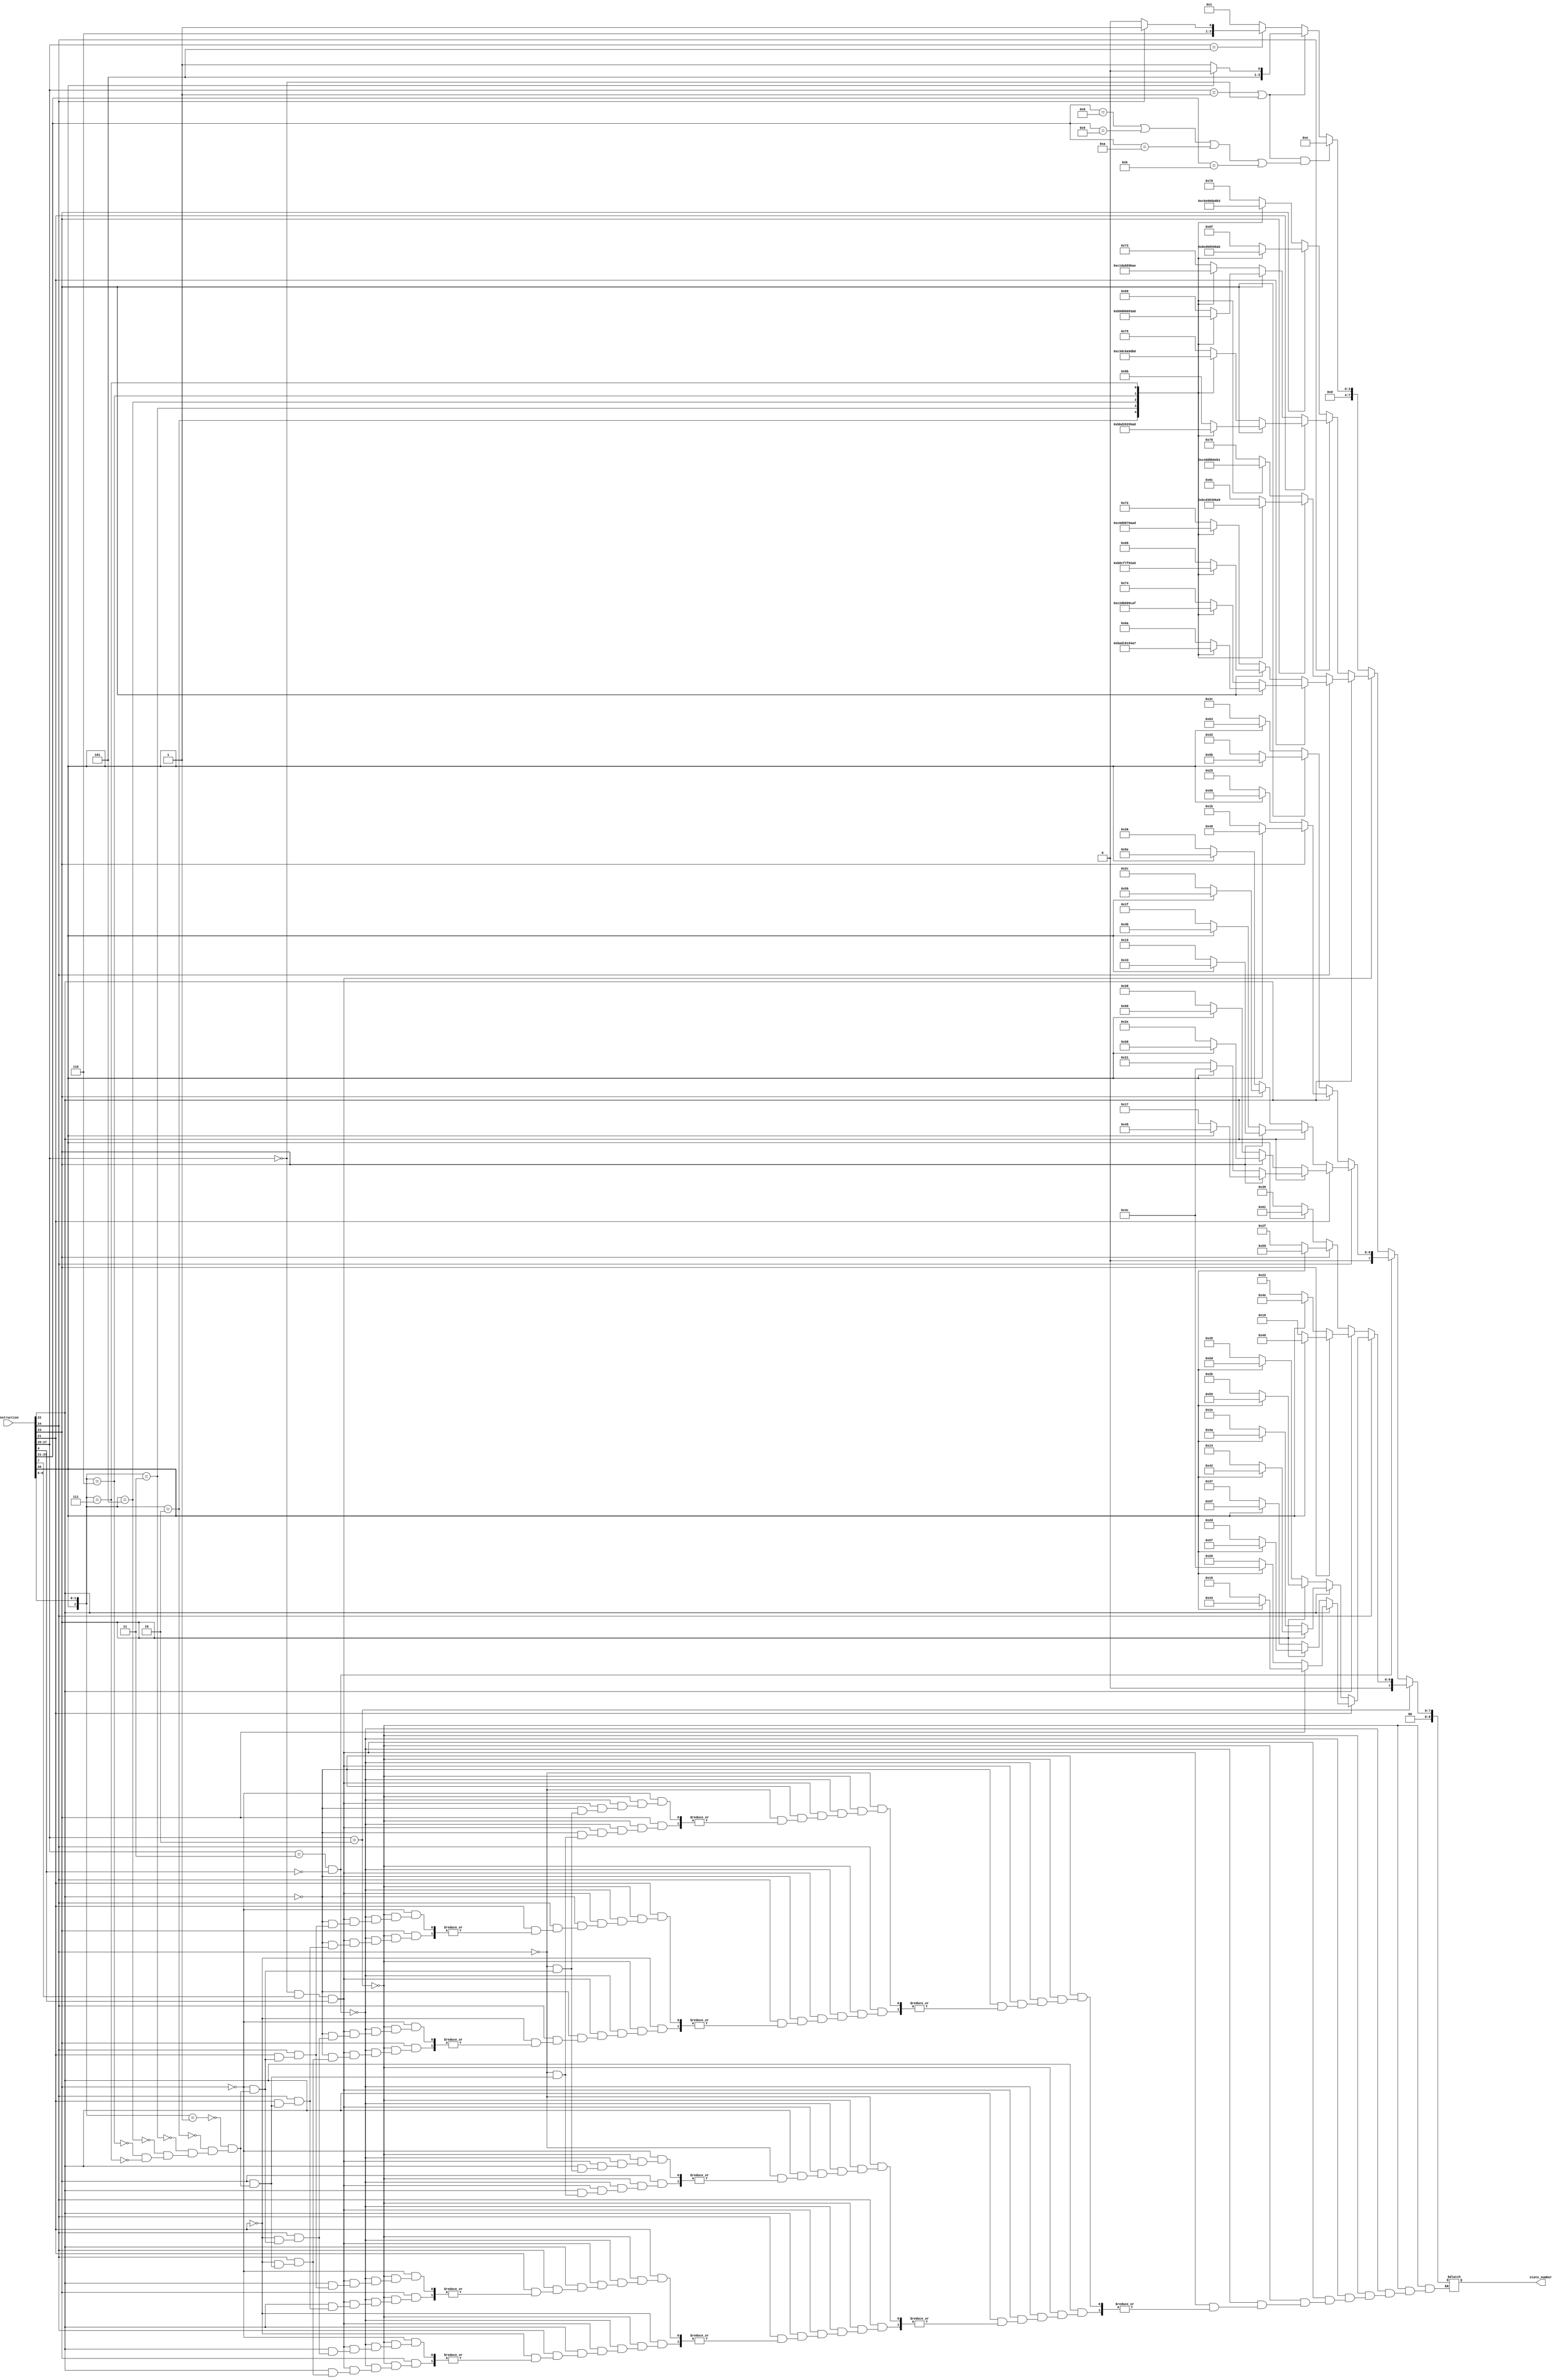
module encoder(output reg [9:0] state_number,
               input [31:0] instruction);

always @(instruction)
begin
    /*
    *    *** LOAD/STORE INSTRUCTIONS ***
    */
    // ! Immediate Offset
    if (instruction[27:25] == 3'b010)      
    begin
        // Offset/Pre-Indexed
        if(instruction[24] == 1'b1)         
        begin
            // Offset  
            if(instruction[21] == 1'b0)                    
            begin
                // Unsigned Byte
                if(instruction[22] == 1'b1)             
                begin
                    // Add
                    if(instruction[23] == 1'b1)
                    begin
                    if(instruction[20] == 1'b0) 
                        state_number = 10'd20; // Store
                    else
                        state_number = 10'd66; // Load
                    end
                    
                    // Subtract
                    else
                    begin
                    if(instruction[20] == 1'b0) 
                        state_number = 10'd30; // Store 
                    else
                        state_number = 10'd74; // Load
                    end
                end

                // Word 
                else                                    
                begin
                    // Add
                    if(instruction[23] == 1'b1)
                    begin
                    if(instruction[20] == 1'b0) 
                        state_number = 10'd43; // Store
                    else
                        state_number = 10'd85; // Load
                    end
                    
                    // Subtract
                    else
                    begin
                    if(instruction[20] == 1'b0) 
                        state_number = 10'd53; // Store
                    else
                        state_number = 10'd93; // Load
                    end

                end     
            end

            // Pre-Indexed
            else                                    
            begin
                // Unsigned Byte
                if(instruction[22] == 1'b1)             
                begin
                    // Add
                    if(instruction[23] == 1'b1)
                    begin
                    if(instruction[20] == 1'b0) 
                        state_number = 10'd22; // Store
                    else
                        state_number = 10'd68; // Load
                    end
                    
                    // Subtract
                    else
                    begin
                    if(instruction[20] == 1'b0) 
                        state_number = 10'd32; // Store
                    else 
                    state_number = 10'd76; // Load
                    end
                end

                // Word 
                else                                    
                begin
                    // Add
                    if(instruction[23] == 1'b1)
                    begin
                    if(instruction[20] == 1'b0) 
                        state_number = 10'd45; // Store
                    else
                        state_number = 10'd87; // Load
                    end
                    
                    // Subtract
                    else
                    begin
                    if(instruction[20] == 1'b0) 
                        state_number = 10'd55; // Store
                    else 
                        state_number = 10'd95; // Load
                    end


                end   
            end
        end

        // Post-Indexed
        else                                    
        begin
            begin
                // Unsigned Byte
                if(instruction[22] == 1'b1)             
                begin
                    // Add
                    if(instruction[23] == 1'b1)
                    begin
                    if(instruction[20] == 1'b0) 
                        state_number = 10'd24; // Store
                    else
                        state_number = 10'd70; // Load
                    end
                    
                    // Subtract
                    else
                    begin
                    if(instruction[20] == 1'b0) 
                        state_number = 10'd34; // Store
                    else
                        state_number = 10'd78; // Load
                    end
                end

                // Word 
                else                                    
                begin
                    // Add
                    if(instruction[23] == 1'b1)
                    begin
                    if(instruction[20] == 1'b0) 
                        state_number = 10'd47; // Store
                    else
                        state_number =10'd89; // Load
                    end
                    
                    // Subtract
                    else
                    begin
                    if(instruction[20] == 1'b0) 
                        state_number = 10'd57; // Store
                    else
                        state_number = 10'd97; // Load
                    end
                end   
            end
        end
    end

        
    // ! Register Offset
    else if (instruction[27:25] == 3'b011 && instruction[4] == 0)   
    begin
        begin
            // Offset/Pre-Indexed
            if(instruction[24] == 1'b1)         
            begin
                // Offset  
                if(instruction[21] == 1'b0)                    
                begin
                    // Unsigned Byte
                    if(instruction[22] == 1'b1)             
                    begin
                        // Add
                        if(instruction[23] == 1'b1)
                        begin
                        if(instruction[20] == 1'b0) 
                            state_number = 10'd21; // Store
                        else
                            state_number = 10'd67; // Load
                        end
                        
                        // Subtract
                        else
                        begin
                        if(instruction[20] == 1'b0) 
                            state_number = 10'd31; // Store
                        else
                            state_number = 10'd75; // Load
                        end
                    end

                    // Word 
                    else                                    
                    begin
                        // Add
                        if(instruction[23] == 1'b1)
                        begin
                        if(instruction[20] == 1'b0) 
                            state_number = 10'd44; // Store
                        else
                            state_number = 10'd86; // Load
                        end
                        
                        // Subtract
                        else
                        begin
                        if(instruction[20] == 1'b0) 
                            state_number = 10'd54; // Store
                        else
                            state_number = 10'd94; // Load
                        end
 

                    end     
                end

                // Pre-Indexed
                else                                    
                begin
                    // Unsigned Byte
                    if(instruction[22] == 1'b1)             
                    begin
                        // Add
                        if(instruction[23] == 1'b1)
                        begin
                        if(instruction[20] == 1'b0) 
                            state_number = 10'd23; // Store
                        else
                            state_number = 10'd69; // Load
                        end
                        
                        // Subtract
                        else
                        begin
                        if(instruction[20] == 1'b0) 
                            state_number = 10'd33; // Store
                        else
                            state_number = 10'd76; // Load
                        end
                    end

                    // Word 
                    else                                    
                    begin
                        // Add
                        if(instruction[23] == 1'b1)
                        begin
                        if(instruction[20] == 1'b0) 
                            state_number = 10'd46; // Store
                        else
                            state_number = 10'd88; // Load
                        end
                        
                        // Subtract
                        else
                        begin
                        if(instruction[20] == 1'b0) 
                            state_number = 10'd56; // Store
                        else
                            state_number = 10'd96; // Load
                        end
                    end   
                end
            end

            // Post-Indexed
            else                                    
            begin
                begin
                    // Unsigned Byte
                    if(instruction[22] == 1'b1)             
                    begin
                        // Add
                        if(instruction[23] == 1'b1)
                        begin
                        if(instruction[20] == 1'b0) 
                            state_number = 10'd27; // Store
                        else
                            state_number = 10'd72; // Load
                        end
                        
                        // Subtract
                        else
                        begin
                        if(instruction[20] == 1'b0) 
                            state_number = 10'd37; // Store
                        else
                            state_number = 10'd80; // Load
                        end
                    end

                    // Word 
                    else                                    
                    begin
                        // Add
                        if(instruction[23] == 1'b1)
                        begin
                        if(instruction[20] == 1'b0) 
                            state_number = 10'd50; // Store
                        else
                            state_number = 10'd91; // Load
                        end
                        
                        // Subtract
                        else
                        begin
                        if(instruction[20] == 1'b0) 
                            state_number = 10'd60; // Store
                        else
                            state_number = 10'd99; // Load
                        end
                    end   
                end
            end
        end 
    end

    /*
    *   Miscellaneous Load/Store   
    */

    else if(instruction[27:25] == 3'b000 && instruction[7] == 1 && instruction[4] == 1) begin
        // Immediate Offset/Index
        if(instruction[22] == 1) begin
            // Offset/Pre-Indexed
            if(instruction[24] == 1'b1) begin
                // Offset  
                if(instruction[21] == 1'b0) begin
                    // Add
                    if(instruction[23] == 1) begin
                        case({instruction[20], instruction[6], instruction[5]})                        
                            3'b001: state_number = 104;   // STRH
                            3'b010: state_number = 184;   // LDRD
                            3'b011: state_number = 207;   // STRD
                            3'b101: state_number = 127;   // LDRH
                            3'b110: state_number = 146;   // LDRSB
                            3'b111: state_number = 165;   // LDRSH
                        endcase
                    end 

                    // Subtract
                    else begin
                        case({instruction[20], instruction[6], instruction[5]})                        
                            3'b001: state_number = 114;   // STRH
                            3'b010: state_number = 192;   // LDRD
                            3'b011: state_number = 217;   // STRD
                            3'b101: state_number = 135;   // LDRH
                            3'b110: state_number = 154;   // LDRSB
                            3'b111: state_number = 173;   // LDRSH
                        endcase
                    end
                end

                // Pre-Indexed
                else begin
                    // Add
                    if(instruction[23] == 1) begin
                        case({instruction[20], instruction[6], instruction[5]})                        
                            3'b001: state_number = 106;   // STRH
                            3'b010: state_number = 186;   // LDRD
                            3'b011: state_number = 209;   // STRD
                            3'b101: state_number = 129;   // LDRH
                            3'b110: state_number = 148;   // LDRSB
                            3'b111: state_number = 167;   // LDRSH
                        endcase
                    end 

                    // Subtract
                    else begin
                        case({instruction[20], instruction[6], instruction[5]})                        
                            3'b001: state_number = 116;   // STRH
                            3'b010: state_number = 194;   // LDRD
                            3'b011: state_number = 219;   // STRD
                            3'b101: state_number = 137;   // LDRH
                            3'b110: state_number = 156;   // LDRSB
                            3'b111: state_number = 175;   // LDRSH
                        endcase
                    end
                end
            end

            // Post-Indexed
            else begin
                    // Add
                    if(instruction[23] == 1) begin
                        case({instruction[20], instruction[6], instruction[5]})                        
                            3'b001: state_number = 108;   // STRH
                            3'b010: state_number = 188;   // LDRD
                            3'b011: state_number = 211;   // STRD
                            3'b101: state_number = 131;   // LDRH
                            3'b110: state_number = 150;   // LDRSB
                            3'b111: state_number = 169;   // LDRSH
                        endcase
                    end 

                    // Subtract
                    else begin
                        case({instruction[20], instruction[6], instruction[5]})                        
                            3'b001: state_number = 118;   // STRH
                            3'b010: state_number = 196;   // LDRD
                            3'b011: state_number = 221;   // STRD
                            3'b101: state_number = 139;   // LDRH
                            3'b110: state_number = 158;   // LDRSB
                            3'b111: state_number = 177;   // LDRSH
                        endcase
                    end
            end
        end 

        // Register Offset/Index
        else begin
            // Offset/Pre-Indexed
            if(instruction[24] == 1'b1) begin
                // Offset  
                if(instruction[21] == 1'b0) begin
                    // Add
                    if(instruction[23] == 1) begin
                        case({instruction[20], instruction[6], instruction[5]})                        
                            3'b001: state_number = 105;   // STRH
                            3'b010: state_number = 185;   // LDRD
                            3'b011: state_number = 208;   // STRD
                            3'b101: state_number = 128;   // LDRH
                            3'b110: state_number = 147;   // LDRSB
                            3'b111: state_number = 166;   // LDRSH
                        endcase
                    end 

                    // Subtract
                    else begin
                        case({instruction[20], instruction[6], instruction[5]})                        
                            3'b001: state_number = 115;   // STRH
                            3'b010: state_number = 193;   // LDRD
                            3'b011: state_number = 218;   // STRD
                            3'b101: state_number = 136;   // LDRH
                            3'b110: state_number = 155;   // LDRSB
                            3'b111: state_number = 174;   // LDRSH
                        endcase
                    end
                end

                // Pre-Indexed
                else begin
                    // Add
                    if(instruction[23] == 1) begin
                        case({instruction[20], instruction[6], instruction[5]})                        
                            3'b001: state_number = 107;   // STRH
                            3'b010: state_number = 187;   // LDRD
                            3'b011: state_number = 210;   // STRD
                            3'b101: state_number = 130;   // LDRH
                            3'b110: state_number = 149;   // LDRSB
                            3'b111: state_number = 168;   // LDRSH
                        endcase
                    end 

                    // Subtract
                    else begin
                        case({instruction[20], instruction[6], instruction[5]})                        
                            3'b001: state_number = 117;   // STRH
                            3'b010: state_number = 195;   // LDRD
                            3'b011: state_number = 220;   // STRD
                            3'b101: state_number = 138;   // LDRH
                            3'b110: state_number = 157;   // LDRSB
                            3'b111: state_number = 176;   // LDRSH
                        endcase
                    end
                end
            end

            // Post-Indexed
            else begin
                    // Add
                    if(instruction[23] == 1) begin
                        case({instruction[20], instruction[6], instruction[5]})                        
                            3'b001: state_number = 111;   // STRH
                            3'b010: state_number = 190;   // LDRD
                            3'b011: state_number = 214;   // STRD
                            3'b101: state_number = 133;   // LDRH
                            3'b110: state_number = 152;   // LDRSB
                            3'b111: state_number = 171;   // LDRSH 
                        endcase
                    end 

                    // Subtract
                    else begin
                        case({instruction[20], instruction[6], instruction[5]})                        
                            3'b001: state_number = 121;   // STRH
                            3'b010: state_number = 198;      // LDRD
                            3'b011: state_number = 224;       // STRD
                            3'b101: state_number = 141;   // LDRH
                            3'b110: state_number = 160;   // LDRSB
                            3'b111: state_number = 179;   // LDRSH
                        endcase
                    end
            end   
        end
    end

    // ! *** DATA PROCESSING ***

    else if((instruction[27:25] == 3'b001 || instruction[27:25] == 3'b000) && (instruction[24:21] == 4'b1000 || instruction[24:21] == 4'b1001 || instruction[24:21] == 4'b1010 || instruction[24:21] == 4'b1011)) begin
        state_number = 10'd14;
    end

    else if(instruction[27:25] == 3'b001 || instruction[27:25] == 3'b000)
    begin
        // With S
        if(instruction[20] == 1'b1)
            state_number = 10'd10;

        // Without S
        else
            state_number = 10'd11;
    end
    // ! BRANCH
    else if (instruction[27:25] == 3'b101)
        begin
            // BRANCH AND LINK
            if (instruction[24] == 1'b1)
                state_number = 10'd13;

            // BRANCH
            else
                state_number = 10'd12;

        end
/* 
 * Load/Store Multiple
*/


    else if (instruction[27:25] == 100) begin
        
    end

    // If instruction unknown go back to fetch
    else state_number = 10'd1; 
end
endmodule